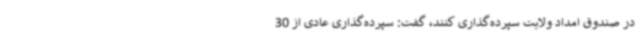
در صندوق امداد ولایت سپرده‌گذاری کنند، گفت: سپرده‌گذاری عادی از 30